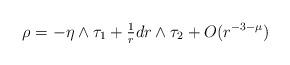
LaTeX: \begin{align*}\rho = -\eta\wedge\tau_1 + \tfrac{1}{r}dr\wedge\tau_2 + O(r^{-3-\mu})\end{align*}